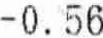
-0.56